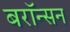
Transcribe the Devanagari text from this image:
बरॉन्सन